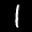
Label: 1